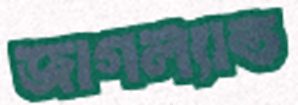
জাগল্যান্ড